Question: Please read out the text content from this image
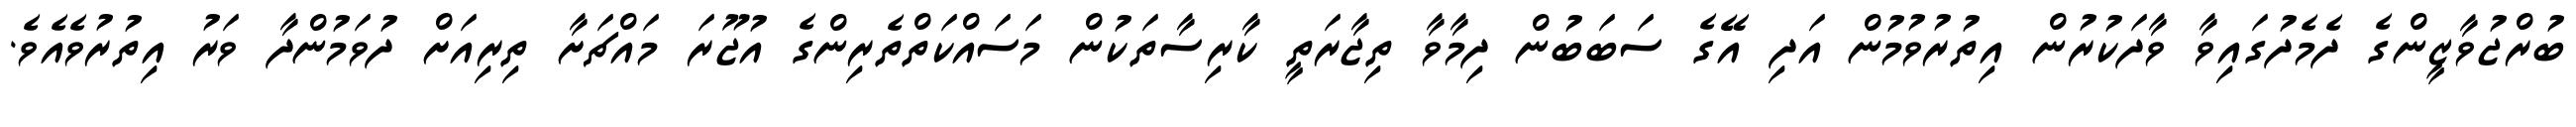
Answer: ބުރްޖުވާޒީންގެ ދެމެދުގައިވާ ވާދަކުރުން އިތުރުވުމުން އަދި އޭގެ ސަބަބުން ދިމާވާ ތިޖާރަތީ ކާރިސާތަކުން މަސައްކަތްތެރިންގެ އުޖޫރަ މައްޗަށާ ތިރިއަށް ދުވަމުންދާ ވަރު އިތުރުވެއެވެ.